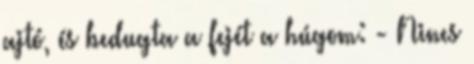
ajtó, és bedugta a fejét a húgom: - Nincs